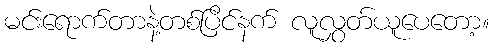
မင်းရောက်တာနဲ့တစ်ပြိင်နက် လူလွှတ်ယူပေတော့။